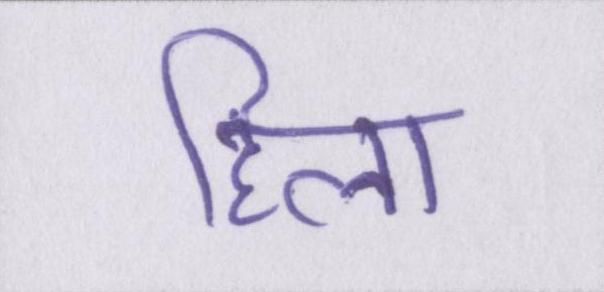
हिला